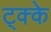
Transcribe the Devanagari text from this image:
ट्क्के